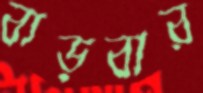
বাড়বার